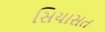
સિયાસત